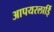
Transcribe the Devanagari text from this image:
आपयरलाईि